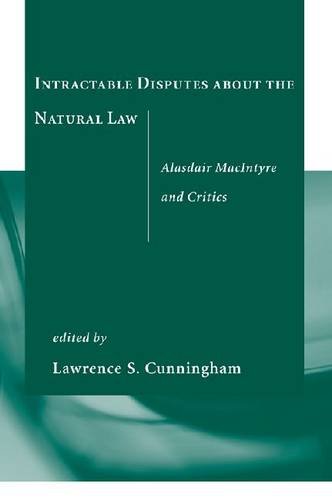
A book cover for Intractable Disputes about the Natural Law: Alasdair MacIntyre and Critics; Law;